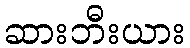
ဆားဘီးယား